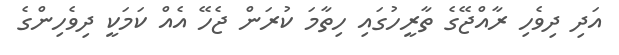
އަދި ދިވެހި ރާއްޖޭގެ ތާރީހުގައި ހިތާމަ ކުރަން ޖެހޭ އެއް ކަމަކީ ދިވެހިންގެ